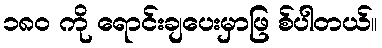
၁၈၀ ကို ရောင်းချပေးမှာဖြ စ်ပါတယ်။